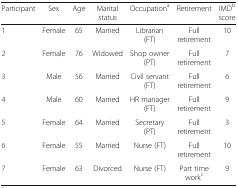
| Participant | Sex | Age | Marital status | Occupationa | Retirement | IMDb score |
 | --- | --- | --- | --- | --- | --- | --- |
 | 1 | Female | 65 | Married | Librarian (FT) | Full retirement | 10 |
 | 2 | Female | 76 | Widowed | Shop owner (PT) | Full retirement | 7 |
 | 3 | Male | 56 | Married | Civil servant (FT) | Full retirement | 6 |
 | 4 | Male | 60 | Married | HR manager (FT) | Full retirement | 9 |
 | 5 | Female | 64 | Married | Secretary (PT) | Full retirement | 3 |
 | 6 | Female | 55 | Married | Nurse (FT) | Full retirement | 10 |
 | 7 | Female | 63 | Divorced | Nurse (FT) | Part time workc | 9 |